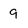
Character: 9